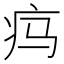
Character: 𬏜